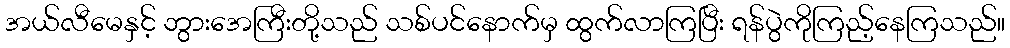
အယ်လီမေနှင့် ဘွားအေကြီးတို့သည် သစ်ပင်နောက်မှ ထွက်လာကြပြီး ရန်ပွဲကိုကြည့်နေကြသည်။